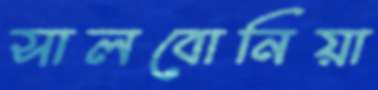
সালবোনিয়া